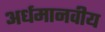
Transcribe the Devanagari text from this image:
अर्धमानवीय